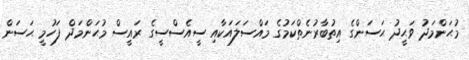
މުޙަންމަދު ވަޙީދު ޙަސަންގެ އިތުބާރުނެތްކަމުގެ މައްސަލައަކާއި ސީއެސްސީގެ ރައީސް މުޙަންމަދް ފަހުމީ ޙަސަން